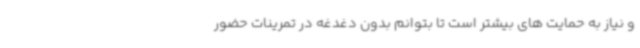
و نیاز به حمایت های بیشتر است تا بتوانم بدون دغدغه در تمرینات حضور